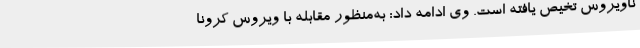
ناویروس تخیص یافته است. وی ادامه داد: به‌منظور مقابله با ویروس کرونا